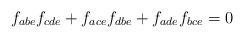
\begin{align*}f_{abe}f_{cde}+f_{ace}f_{dbe}+f_{ade}f_{bce}=0\end{align*}